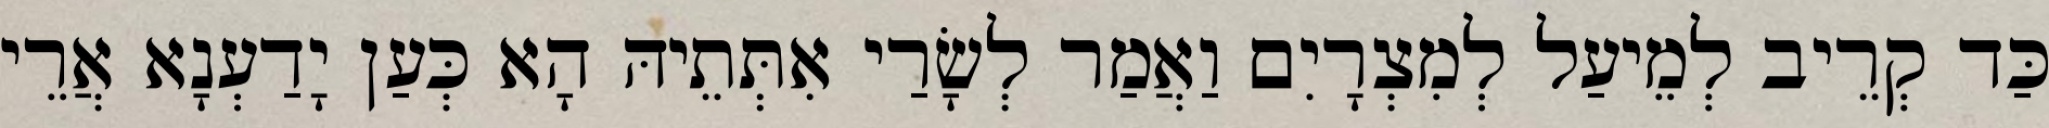
כַּד קְרֵיב לְמֵיעַל לְמִצְרָיִם וַאֲמַר לְשָׂרַי אִתְּתֵיהּ הָא כְּעַן יָדַעְנָא אֲרֵי